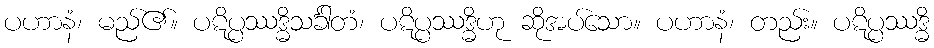
ပဟာနံ၊ မည်၏။ ပဋိပ္ပဿဒ္ဓိသင်္ခါတံ၊ ပဋိပ္ပဿဒ္ဓိဟု ဆိုအပ်သော။ ပဟာနံ၊ တည်း။ ပဋိပ္ပဿဒ္ဓိ